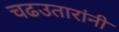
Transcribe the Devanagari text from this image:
चढउतारांनी